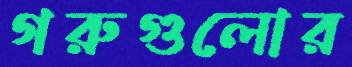
গরুগুলোর